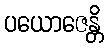
ပယောဇေန္တိ